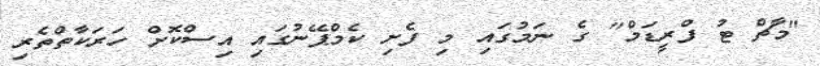
"މާޗް ޓު ފްރީޑަމް" ގެ ނަމުގައި މި ފެށި ކެމްޕޭނުގައި އިސްކޮށް ހަރަކާތްތެރި